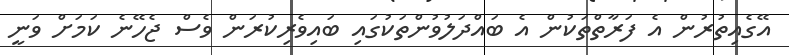
އޭގެއިތުރުން އެ ފަރާތްތަކުން އެ ބައްދަލުވުންތަކުގައި ބައިވެރިކުރަން ވެސް ޖެހޭނެެ ކަމަށް ވަނީ